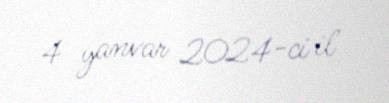
4 yanvar 2024-ci il